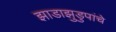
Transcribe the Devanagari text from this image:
झाडाझुडुपांचे